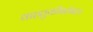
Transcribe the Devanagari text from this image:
वाहतुकीबरोबरच